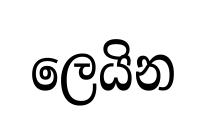
ලෙයින